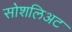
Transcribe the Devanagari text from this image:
सोशलिअट